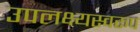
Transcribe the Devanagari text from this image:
उपलक्ष्यस्वरूप